Jaan_Tonisson_(Lasteleht), lk 251
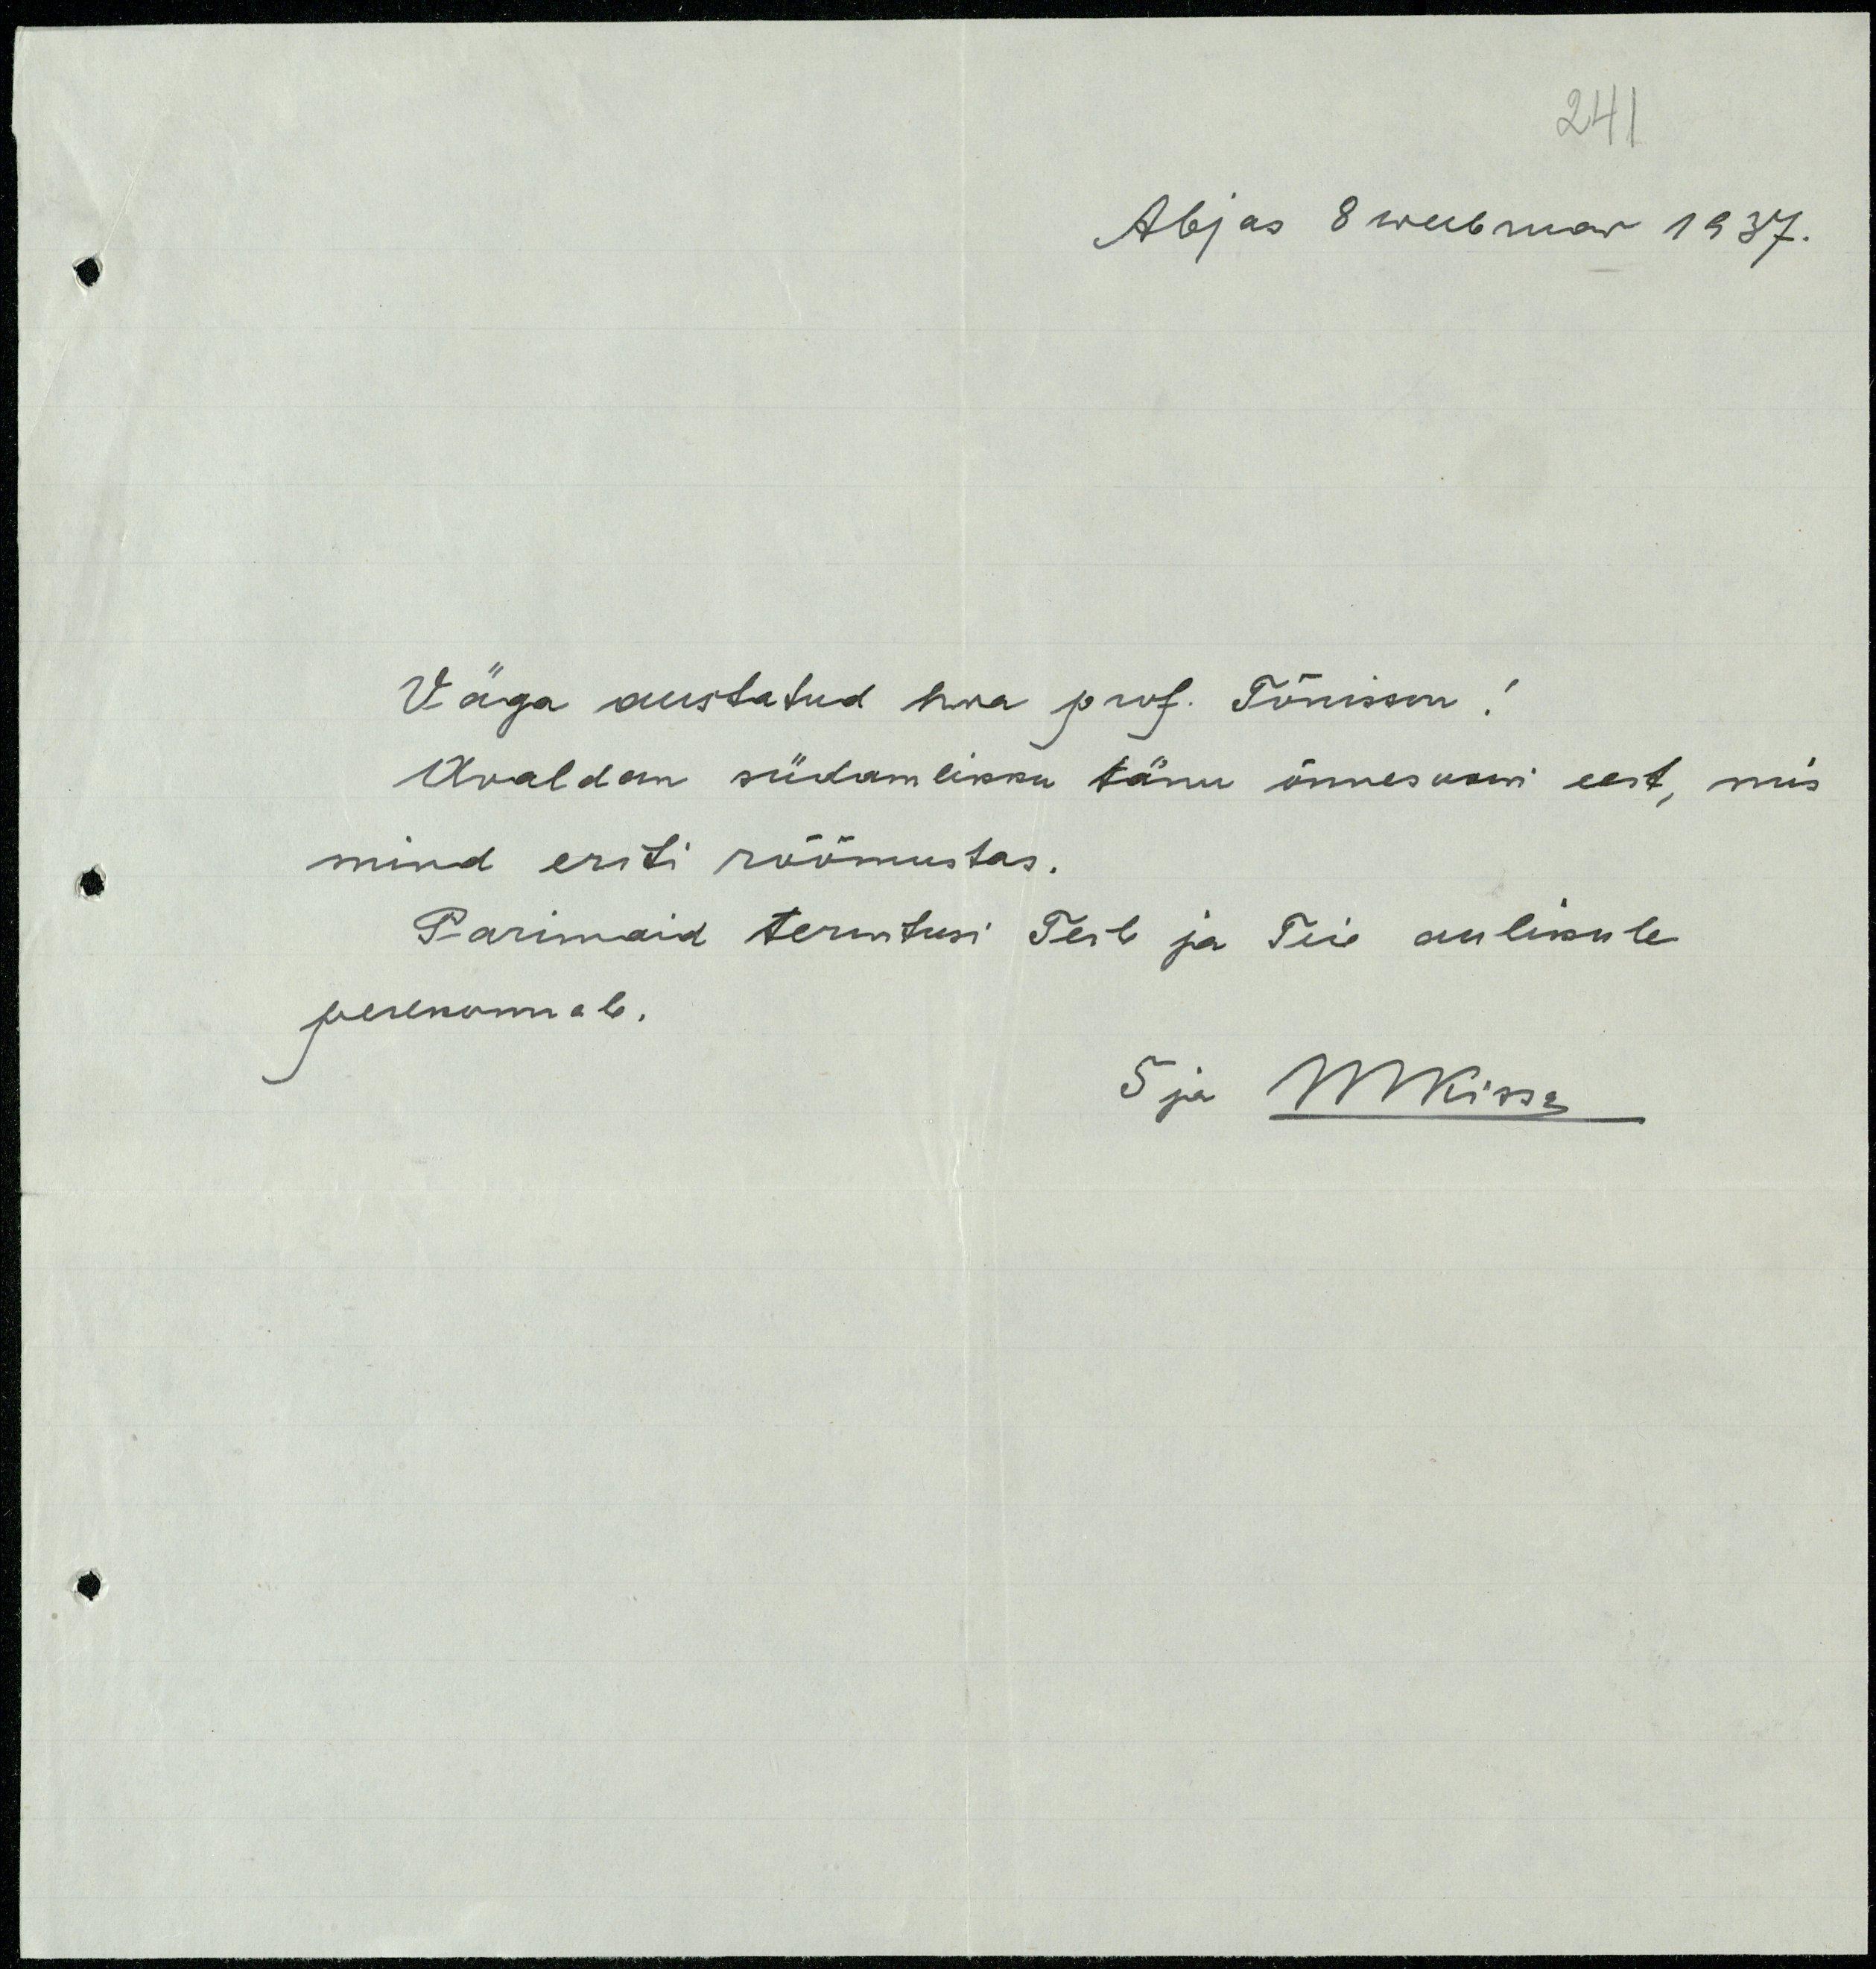
241
Abjas 8 weebruar 1937.
Väga austatud hra prof. Tõnisson!
Avaldan südamlikku tänu õnnesoovi eest, mis
mind eriti rõõmustas.
Parimaid tervitusi Teile ja Teie aulikule
perekonnale.
S ja MKisse